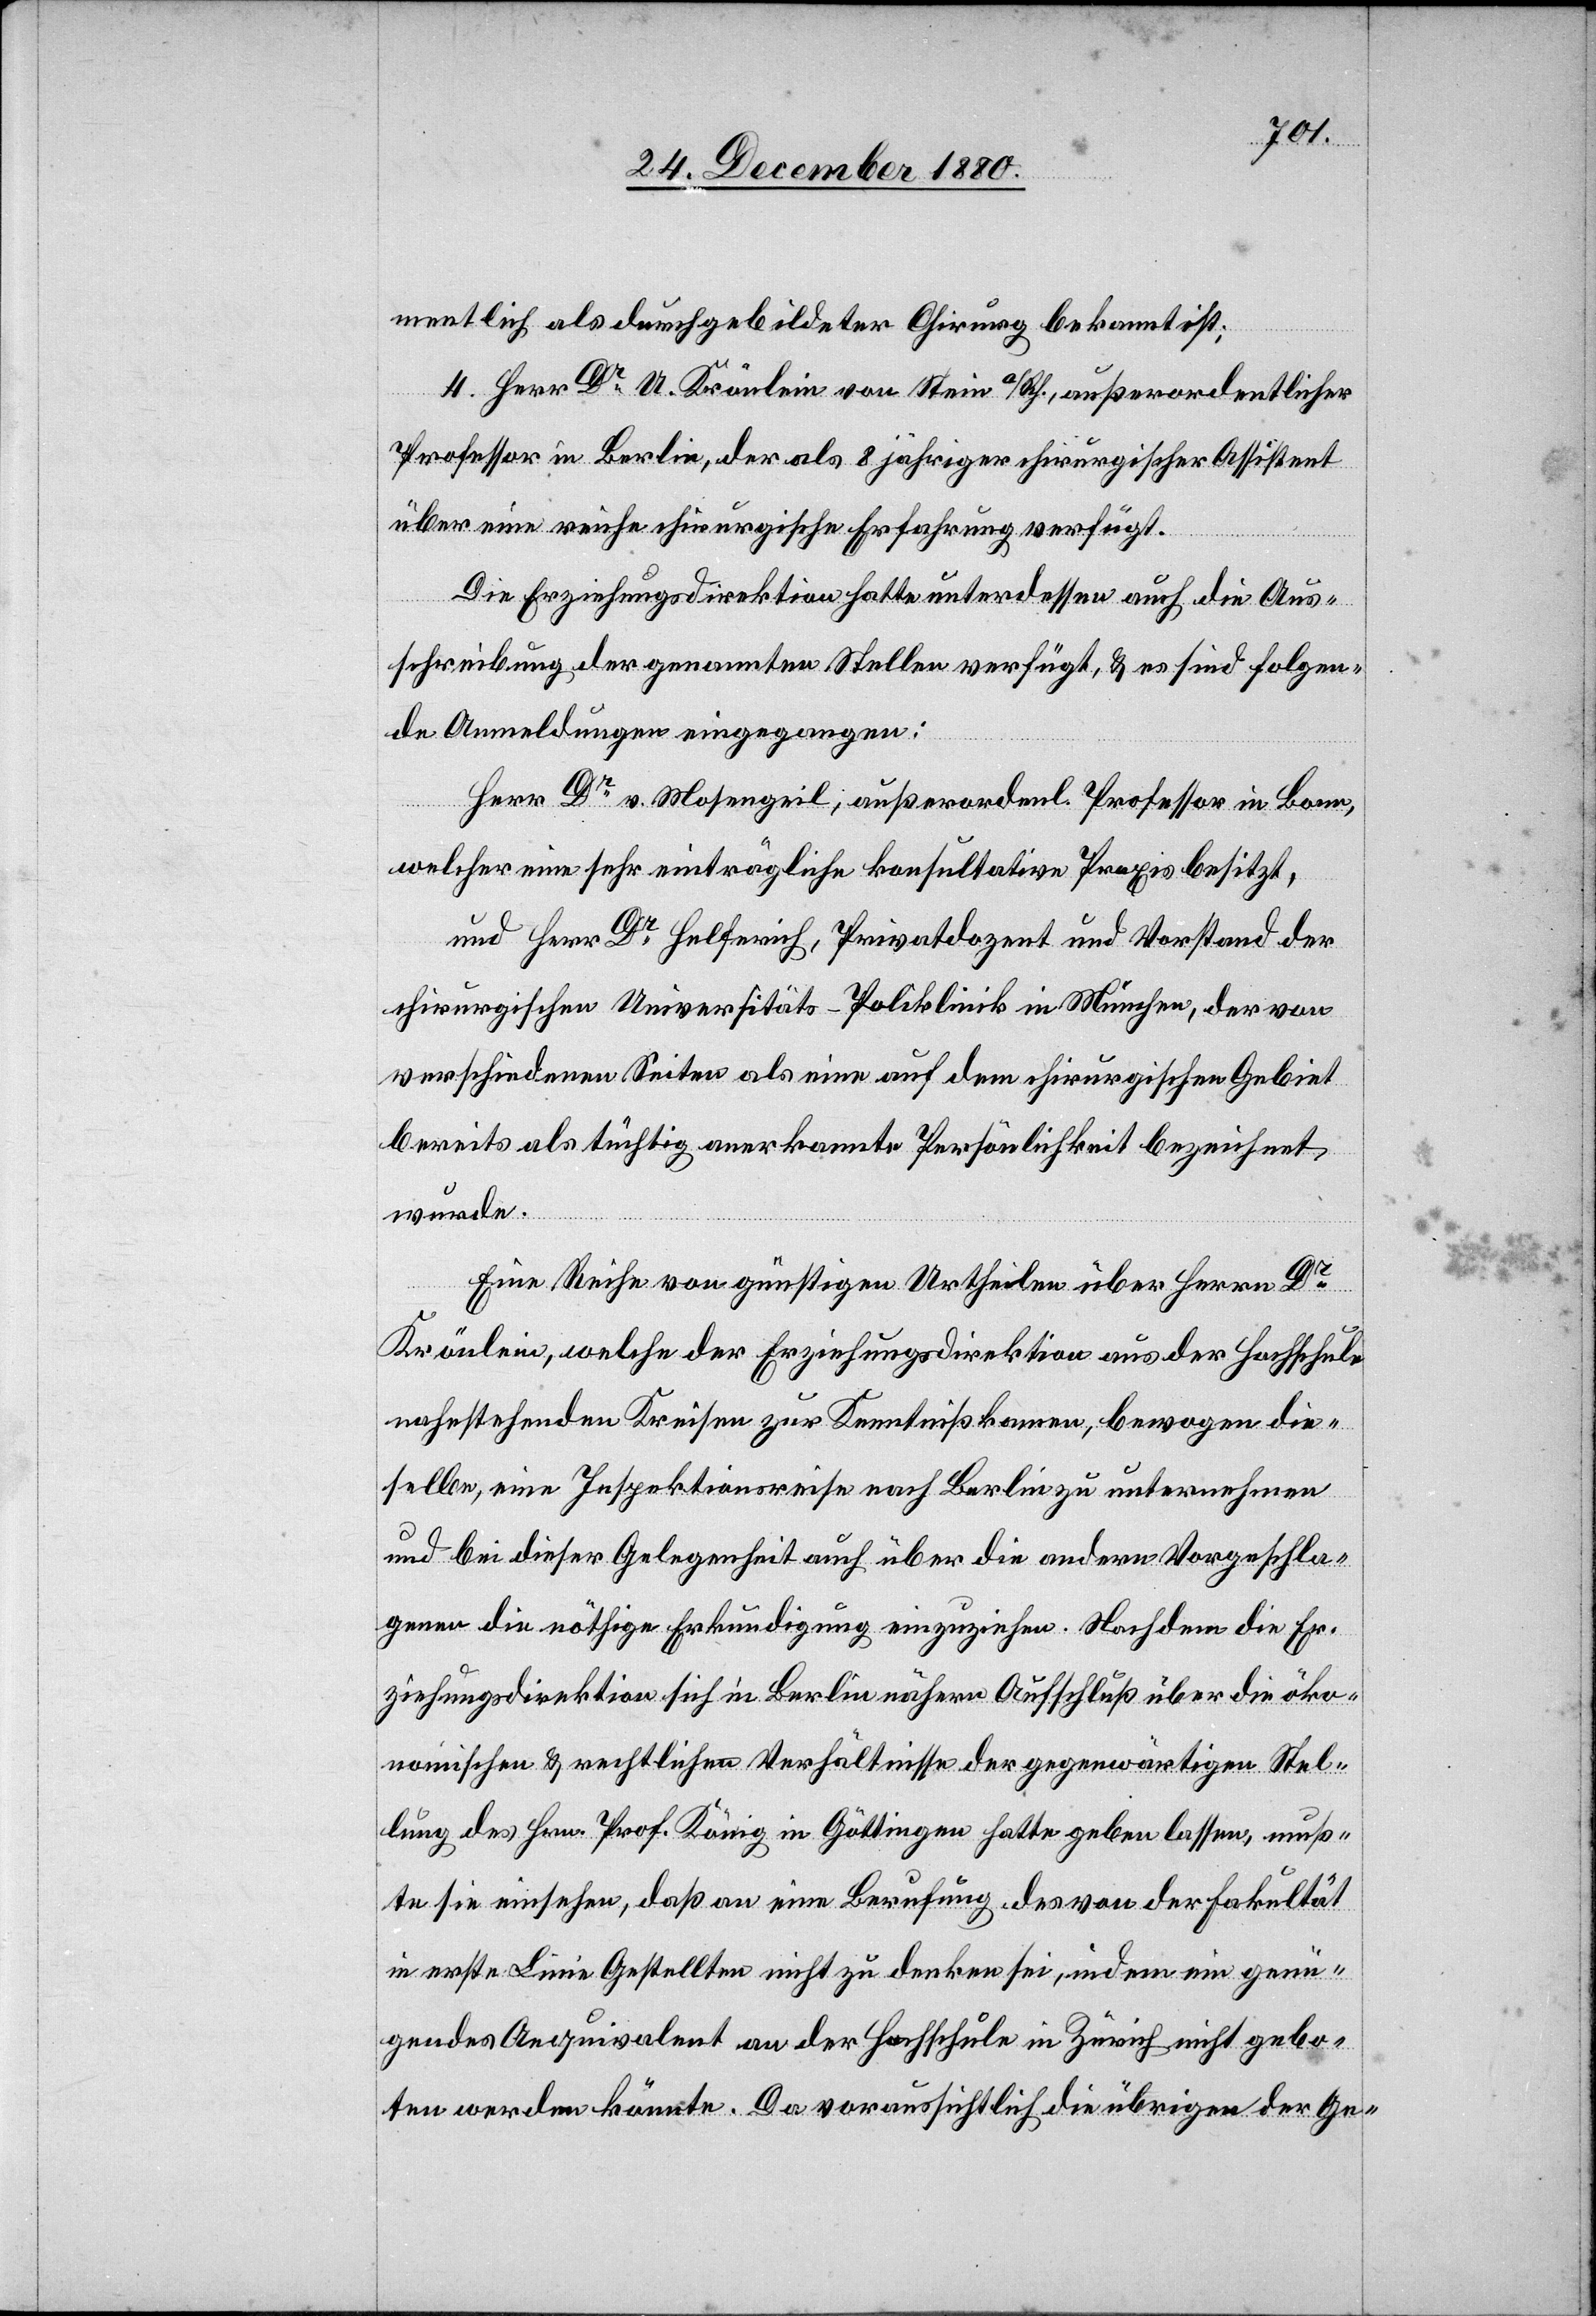
mentlich als durchgebildeter Chirurg bekannt ist;
4. Herr Dr U. Krönlein von Stein a/Rh., außerordentlicher
Professor in Berlin, der als 8jähriger chirurgischer Assistent
über eine reiche chirurgische Erfahrung verfügt.
Die Erziehungsdirektion hatte unterdessen auch die Aus¬
schreibung der genannten Stellen verfügt, & es sind folgen¬
de Anmeldungen eingegangen:
Herr Dr v. Mosengeil, außerordenl. Professor in Bonn,
welcher eine sehr einträgliche konsultative Praxis besitzt;
und Herr Dr Helfreich, Privatdozent und Vorstand der
chirurgischen Universitäts-Poliklinik in München, der von
verschiedenen Seiten als eine auf dem chirurgischen Gebiet
bereits als tüchtig anerkannte Persönlichkeit bezeichnet
wurde.
Eine Reihe von günstigen Urtheilen über Herrn Dr
Krönlein, welche der Erziehungsdirektion aus der Hochschule
nahestehenden Kreisen zur Kenntniß kamen, bewogen die¬
selbe, eine Inspektionsreise nach Berlin zu unternehmen
und bei dieser Gelegenheit auch über die andern Vorgeschla¬
gene die nöthige Erkundigung einzuziehen. Nachdem die Er¬
ziehungsdirektion sich in Berlin nähern Aufschluß über die öko¬
nomischen & rechtlichen Verhältnisse der gegenwärtigen Stel¬
lung des Hrn. Prof. König in Göttingen hatte geben lassen, muß¬
te sie einsehen, daß an eine Berufung des von der Fakultät
in erste Linie Gestellten nicht zu denken sei, indem ein genü¬
gendes Aequivalent an der Hochschule in Zürich nicht gebo¬
ten werden könnte. Da voraussichtlich die übrigen der Ge-